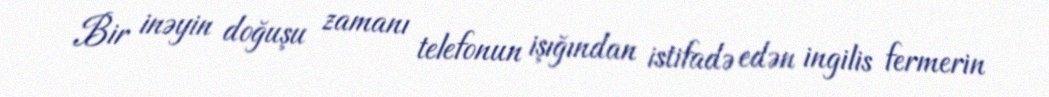
Bir inəyin doğuşu zamanı telefonun işığından istifadə edən ingilis fermerin